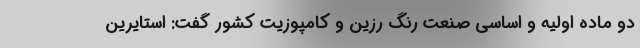
دو ماده اولیه و اساسی صنعت رنگ رزین و کامپوزیت کشور گفت: استایرین